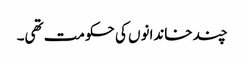
چند خاندانوں کی حکومت تھی۔